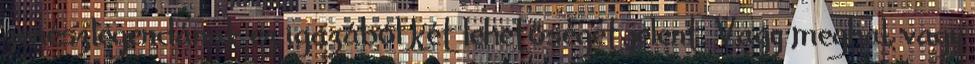
zenészlegendának ez igazából két lehetőséget jelent. Vagy meghal, vagy